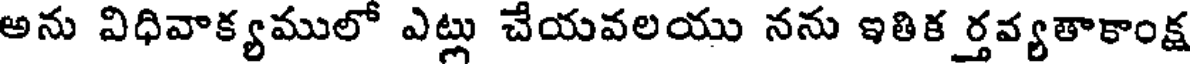
అను విధివాక్యములో ఎట్లు చేయవలయు నను ఇతిక ర్తవ్యతాకాంక్ష